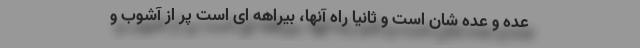
عِده و عُده شان است و ثانیاً راه آنها، بیراهه ای است پر از آشوب و